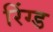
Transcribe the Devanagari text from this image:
रिंग्ड